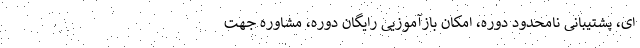
ای، پشتیبانی نامحدود دوره، امکان بازآموزیی رایگان دوره، مشاوره جهت